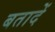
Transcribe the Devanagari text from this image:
बतादें